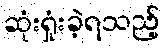
ဆုံးရှုံးခဲ့ရသည့်